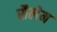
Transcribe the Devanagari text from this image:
सैलेम